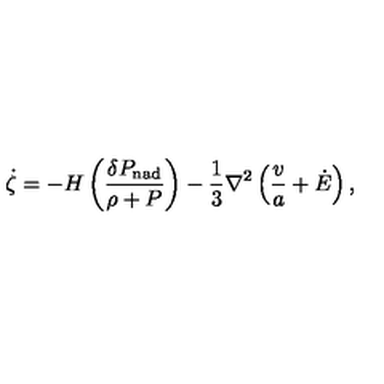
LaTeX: \dot { \zeta } = - H \left( { \frac { \delta P _ { \mathrm { n a d } } } { \rho + P } } \right) - { \frac { 1 } { 3 } } \nabla ^ { 2 } \left( { \frac { v } { a } } + \dot { E } \right) ,